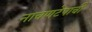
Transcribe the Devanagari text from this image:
नाचणटेपाची